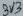
Text: 3V3